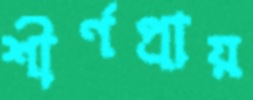
শীর্ণপ্রায়